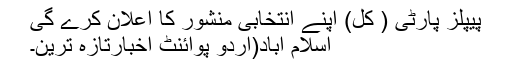
پیپلز پارٹی ( کل) اپنے انتخابی منشور کا اعلان کرے گی
اسلام آباد(اُردو پوائنٹ اخبارتازہ ترین۔